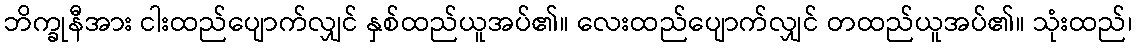
ဘိက္ခုနီအား ငါးထည်ပျောက်လျှင် နှစ်ထည်ယူအပ်၏။ လေးထည်ပျောက်လျှင် တထည်ယူအပ်၏။ သုံးထည်၊